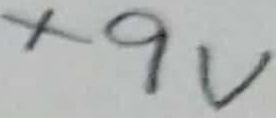
Text: +9V